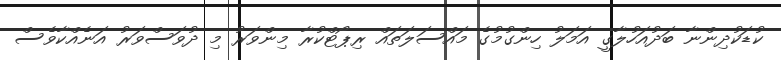
ކުޑަކުދިންނާ ބަދުއަހުލާގީ އަމަލު ހިންގުމުގެ މައްސަލަތައް ރިޕޯޓްކުރާ މިންވަރު މި ދުވަސްވަރު އަނެއްކާވެސް